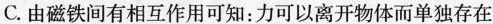
C.由磁铁间有相互作用可知：力可以离开物体而单独存在